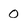
Character: 0